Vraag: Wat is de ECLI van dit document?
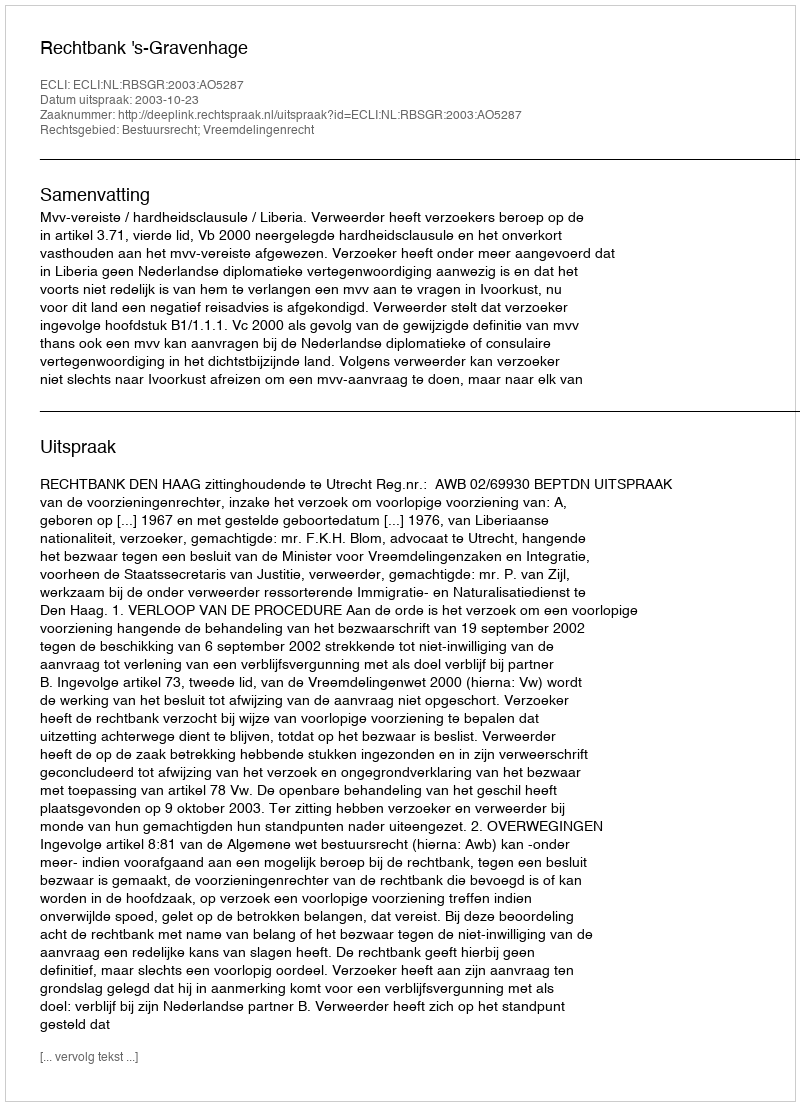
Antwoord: ECLI:NL:RBSGR:2003:AO5287